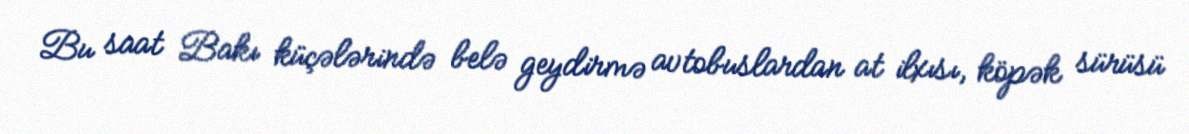
Bu saat Bakı küçələrində belə geydirmə avtobuslardan at ilxısı, köpək sürüsü